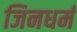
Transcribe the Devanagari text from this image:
जिनधर्म